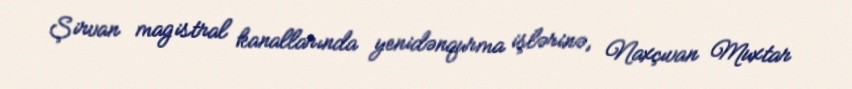
Şirvan magistral kanallarında yenidənqurma işlərinə, Naxçıvan Muxtar